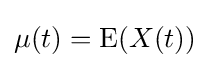
\mu (t)=\operatorname {E} (X(t))